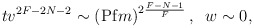
\begin{align*} t v^{2F-2N-2} \sim \left({\rm Pf} m\right)^{2\frac{F-N-1}{F}}, \; \; w \sim 0,\end{align*}